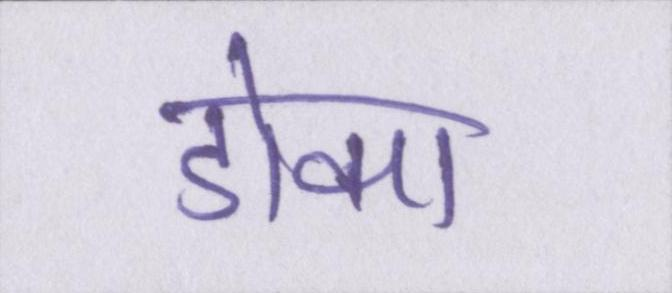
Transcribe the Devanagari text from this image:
डोका